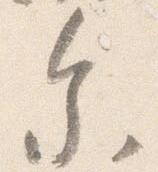
参